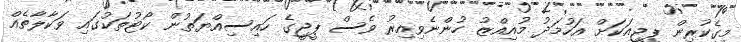
މީގެކުރިން ޕީޖީއަކަށް އަހުމަދު މުއިއްޒު ހުންނެވިއިރު ވެސް ޕީޖީގެ ހައިސިއްޔަތުން ކޯޓުތަކުގައި ވަކާލާތެއް